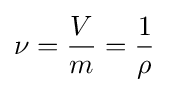
\nu ={\frac {V}{m}}={\frac {1}{\rho }}